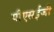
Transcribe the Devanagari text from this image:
पीएसईजी